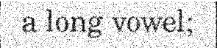
a long vowel;